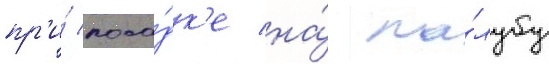
пр'и́ поса́дк'е на́ па́лубу